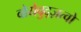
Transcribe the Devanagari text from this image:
वोयेवुद्ज़त्वो